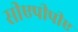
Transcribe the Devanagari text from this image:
सीएपीपीए